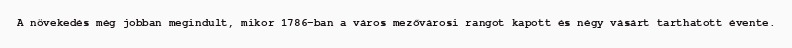
A növekedés még jobban megindult, mikor 1786-ban a város mezővárosi rangot kapott és négy vásárt tarthatott évente.